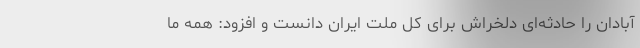
آبادان را حادثه‌ای دلخراش برای کل ملت ایران دانست و افزود: همه ما